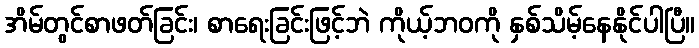
အိမ်တွင်စာဖတ်ခြင်း၊ စာရေးခြင်းဖြင့်ဘဲ ကိုယ့်ဘဝကို နှစ်သိမ့်နေနိုင်ပါပြီ။